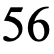
56